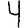
Digit: 4